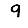
Digit: 9